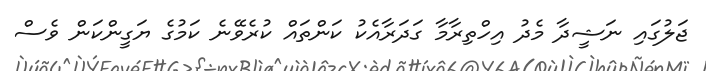
ޖަލުގައި ނަޝީދާ މެދު އިހްތިރާމާ ގަދަރާއެކު ކަންތައް ކުރެވޭނެ ކަމުގެ ޔަގީންކަން ވެސް